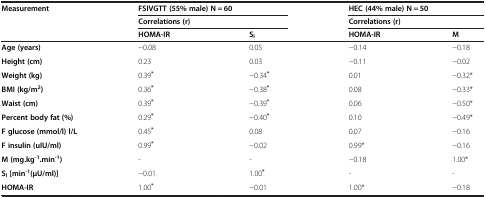
<table><thead><tr><td rowspan="3"><b>Measurement</b></td><td colspan="2"><b>FSIVGTT (55% male) N = 60</b></td><td colspan="2"><b>HEC (44% male) N = 50</b></td></tr><tr><td colspan="2"><b>Correlations (r)</b></td><td colspan="2"><b>Correlations (r)</b></td></tr><tr><td><b>HOMA-IR</b></td><td><b>S<sub>I</sub></b></td><td><b>HOMA-IR</b></td><td><b>M</b></td></tr></thead><tbody><tr><td><b>Age (years)</b></td><td>−0.08</td><td>0.05</td><td>−0.14</td><td>−0.18</td></tr><tr><td><b>Height (cm)</b></td><td>0.23</td><td>0.03</td><td>−0.11</td><td>−0.02</td></tr><tr><td><b>Weight (kg)</b></td><td>0.39<sup><b>*</b></sup></td><td>−0.34<sup><b>*</b></sup></td><td>0.01</td><td>−0.32*</td></tr><tr><td><b>BMI (kg/m</b><sup><b>2</b></sup><b>)</b></td><td>0.36<sup><b>*</b></sup></td><td>−0.38<sup><b>*</b></sup></td><td>0.08</td><td>−0.33*</td></tr><tr><td><b>Waist (cm)</b></td><td>0.39<sup><b>*</b></sup></td><td>−0.39<sup><b>*</b></sup></td><td>0.06</td><td>−0.50*</td></tr><tr><td><b>Percent body fat (%)</b></td><td>0.29<sup><b>*</b></sup></td><td>−0.40<sup><b>*</b></sup></td><td>0.10</td><td>−0.49*</td></tr><tr><td><b>F glucose (mmol/l) l/L</b></td><td>0.45<sup><b>*</b></sup></td><td>0.08</td><td>0.07</td><td>−0.16</td></tr><tr><td><b>F insulin (uIU/ml)</b></td><td>0.99<sup><b>*</b></sup></td><td>−0.02</td><td>0.99*</td><td>−0.16</td></tr><tr><td><b>M (mg.kg</b><sup><b>-1</b></sup><b>.min</b><sup><b>-1</b></sup><b>)</b></td><td>-</td><td>-</td><td>−0.18</td><td>1.00*</td></tr><tr><td><b>S</b><sub><b>I </b></sub><b>[min</b><sup><b>-1</b></sup><b>(μU/ml)]</b></td><td>−0.01</td><td>1.00<sup><b>*</b></sup></td><td>-</td><td>-</td></tr><tr><td><b>HOMA-IR</b></td><td>1.00<sup><b>*</b></sup></td><td>−0.01</td><td>1.00*</td><td>−0.18</td></tr></tbody></table>